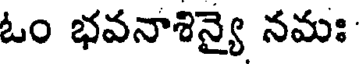
ఓం భవనాశిన్యై నమః